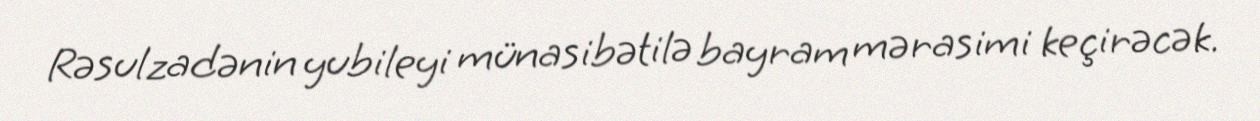
Rəsulzadənin yubileyi münasibətilə bayram mərasimi keçirəcək.